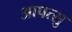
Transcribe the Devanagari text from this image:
आपत्सु